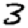
Digit: 3